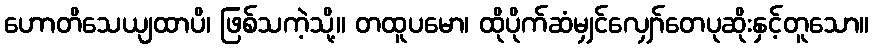
ဟောတိသေယျထာပိ၊ ဖြစ်သကဲ့သို့။ တထူပမော၊ ထိုပိုက်ဆံမျှင်လျှော်တေပုဆိုးနှင့်တူသော။